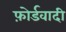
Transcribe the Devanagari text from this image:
फ़ोर्डवादी